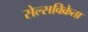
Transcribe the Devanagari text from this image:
सेल्सविक्रेता